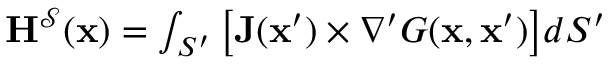
\begin{array} { r } { \mathbf { H } ^ { \mathcal { S } } ( \mathbf { x } ) = \int _ { S ^ { \prime } } \big [ \mathbf { J } ( \mathbf { x } ^ { \prime } ) \times \nabla ^ { \prime } G ( \mathbf { x } , \mathbf { x } ^ { \prime } ) \big ] d S ^ { \prime } } \end{array}